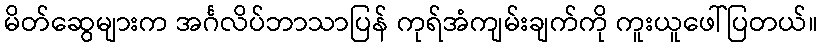
မိတ်ဆွေများက အင်္ဂလိပ်ဘာသာပြန် ကုရ်အံကျမ်းချက်ကို ကူးယူဖေါ်ပြတယ်။